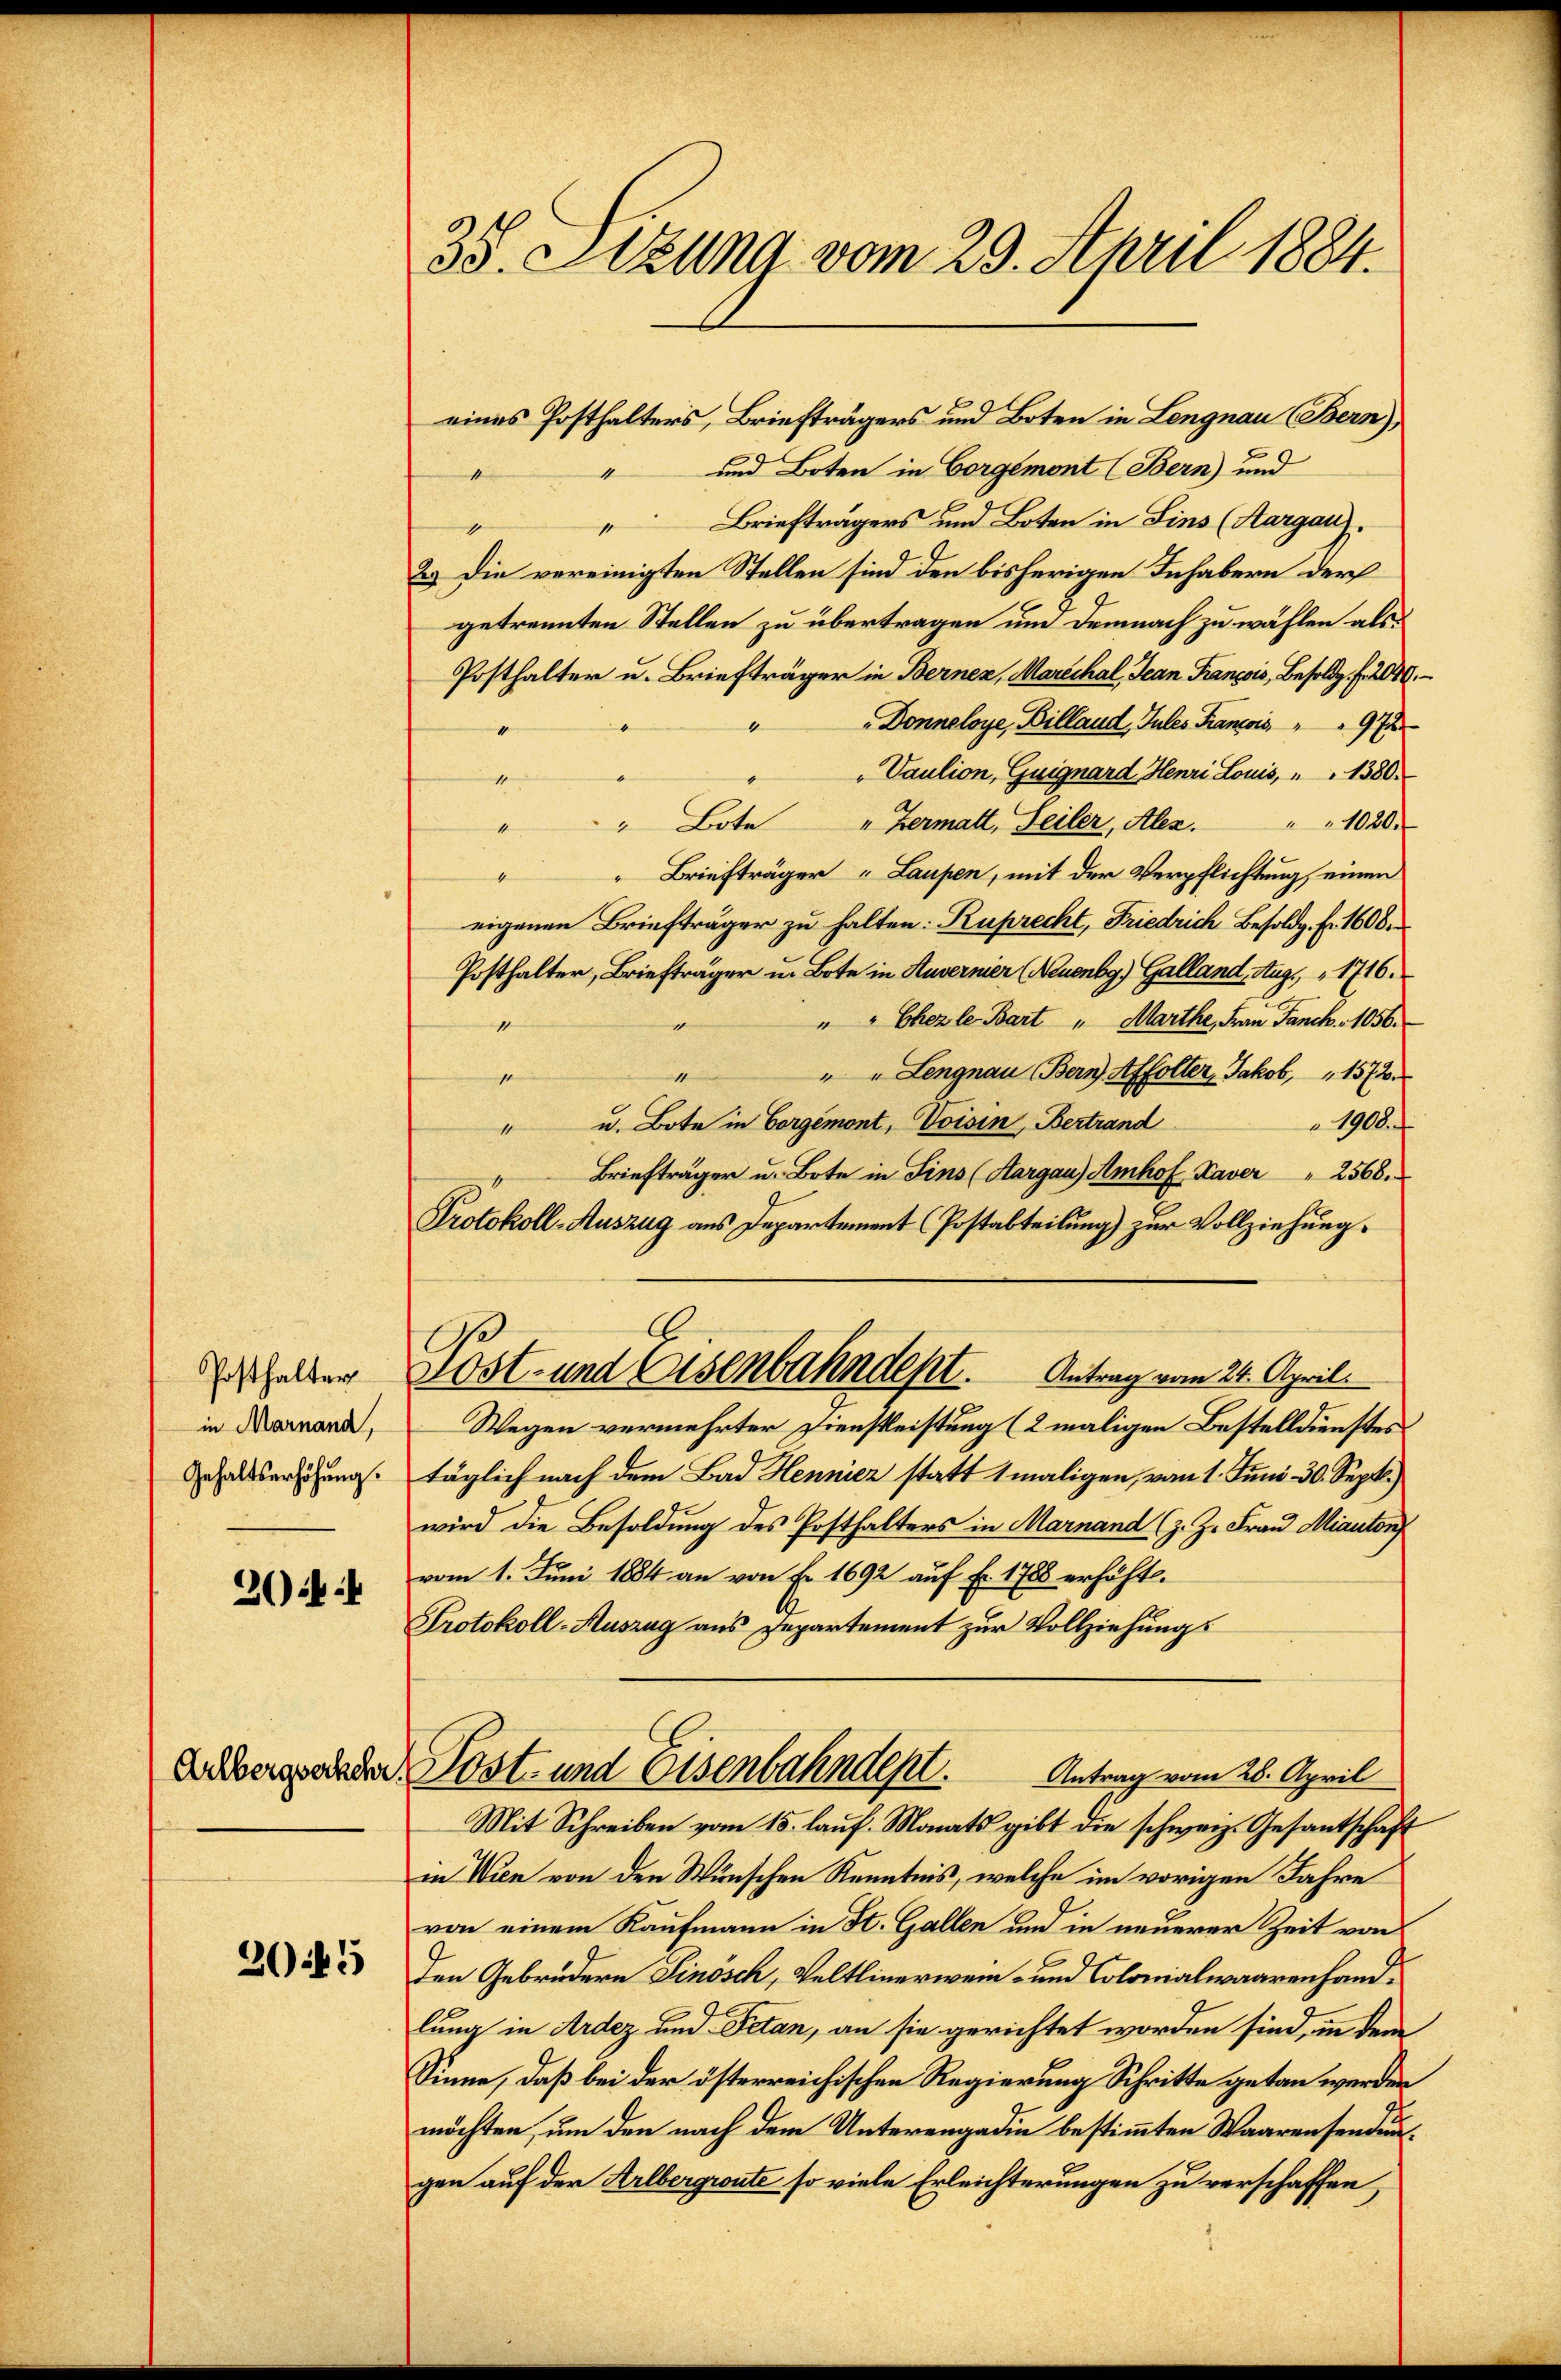
Posthalter
in Marnand,
Gehaltserhöhung.

20

305

38. Sitzung vom 29. April 1884.

eines Posthalters, Briefträgers und Boten in Lengnau (Bern),
und Boten in Corgemont (Bern) und
t
1
 Briefträgers und Boten in Lins (Aargau).
1
2.) Die vereinigten Stellen sind den bisherigen Inhabern der
getrennten Stellen zu übertragen um demnach zu wählen als
Posthalter u. Briefträger in Berner, Marechal, Jean Franzois, Besold. f. 2040.
Donneloye, Billand, Jules Francois, " " 97
“
Paulion, Guignard Henri Louis, " " 1380.

" Bote "Hermatt, Seiler, Alex. " " 1020.
e
" Briefträger "Laupen, mit der Verpflichtung, einen
eigenen Briefträger zu halten: Ruprecht, Friedrich Besoldg. fr. 1600.
Posthalter, Briefträger u. Bote in Zuvernier (Neuenbg) Galland, Aug. 1716.
" " Chezle Bart " Marthe, Frau Panck. 1056.
“
" " Lengnau, Bern, Affolter, Jakob, " 1572
1
s
u. Bote in Vorgemont, Voisin, Bertrand
1908.
1
Briefträger u. Bote in Sins (Aargau) Amhof Kaver " 2568.
Protokoll-Auszug aus Departement (Postabteilung) zur Vollziehung.
E
Kost- und Eisenbahndept. Antrag vom 24. April.
Wegen vermehrter Dienstleistung (2 maligen Bestelldienstes
täglich nach dem Bad Hennicz statt 1 maligen, vom 1. Juni 30. Sept.
wird die Besoldung des Posthalters in Marnand (z. Z. Frau Miauton
vom 1. Juni 1884 an von Fr. 1692 auf Fr. 1788 erhöht.
Protokoll-Auszug aus Departement zur Vollziehungs
Gubersenden Post- und Eisenbahndept.
Antrag vom 28. April
Mit Schreiben vom 15. lauf. Monats gibt die schweiz. Gesantschaft
in Wien von den Wünschen Kenntnis, welche im vorigen Jahre
von einem Kaufmann in St. Gallen und in neuerer Zeit von
Den Gebrüdern Tinösch, Veltlinerwein- und Colonialwaarenhandlung in Ardez und Petan, an sie gerichtet worden sind, in dem
Sinne, daß bei der österreichischen Regierung Schritte getan werden
möchten, um den nach dem Unterengadin bestimmten Waarensendun
gen auf der Arlbergroute so viele Erleichterungen zu verschaffen,